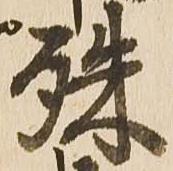
殊